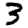
Digit: 3